画像に写った文字を読んでください
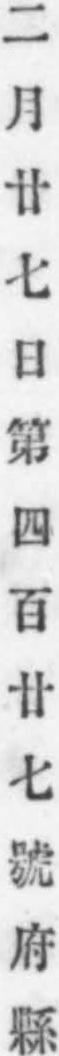
「二月廿七日第四百廿七號府縣」と書いてあります